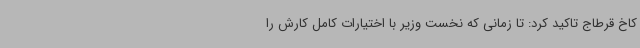
کاخ قرطاج تاکید کرد: تا زمانی که نخست وزیر با اختیارات کامل کارش را